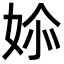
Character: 㛋